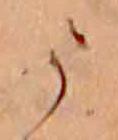
う